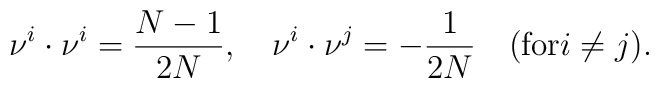
\nu^i \cdot \nu^i = {N-1 \over 2N}, \quad \nu^i \cdot \nu^j = -{1 \over 2N} \quad ({\rm for} i \not= j).